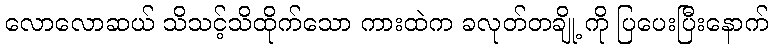
လောလောဆယ် သိသင့်သိထိုက်သော ကားထဲက ခလုတ်တချို့ ကို ပြပေးပြီးနောက်